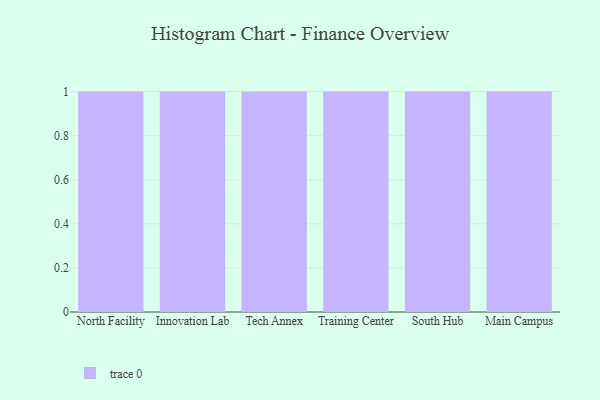
{"axis": {"x": "Campus", "y": "Population (Million)"}, "legend": [""], "data": [{"x": "North Facility", "y": 46, "type": ""}, {"x": "Innovation Lab", "y": 49, "type": ""}, {"x": "Tech Annex", "y": 72, "type": ""}, {"x": "Training Center", "y": 87, "type": ""}, {"x": "South Hub", "y": 73, "type": ""}, {"x": "Main Campus", "y": 56, "type": ""}]}